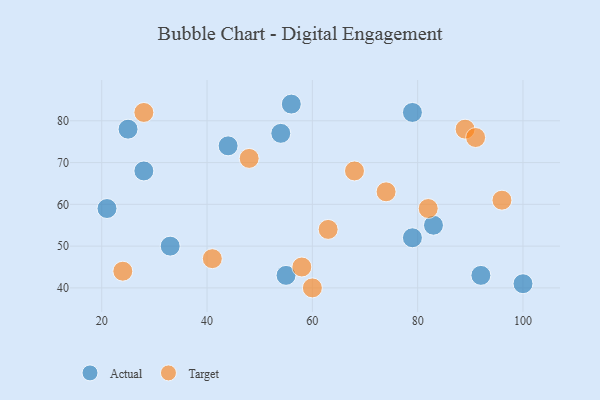
{"axis": {"x": "GDP", "y": "Life Expectancy"}, "legend": ["Actual", "Target"], "data": [{"x": "100", "y": 41, "type": "Actual"}, {"x": "25", "y": 78, "type": "Actual"}, {"x": "79", "y": 82, "type": "Actual"}, {"x": "79", "y": 52, "type": "Actual"}, {"x": "21", "y": 59, "type": "Actual"}, {"x": "55", "y": 43, "type": "Actual"}, {"x": "56", "y": 84, "type": "Actual"}, {"x": "92", "y": 43, "type": "Actual"}, {"x": "33", "y": 50, "type": "Actual"}, {"x": "44", "y": 74, "type": "Actual"}, {"x": "83", "y": 55, "type": "Actual"}, {"x": "54", "y": 77, "type": "Actual"}, {"x": "28", "y": 68, "type": "Actual"}, {"x": "82", "y": 59, "type": "Target"}, {"x": "48", "y": 71, "type": "Target"}, {"x": "96", "y": 61, "type": "Target"}, {"x": "24", "y": 44, "type": "Target"}, {"x": "68", "y": 68, "type": "Target"}, {"x": "58", "y": 45, "type": "Target"}, {"x": "74", "y": 63, "type": "Target"}, {"x": "41", "y": 47, "type": "Target"}, {"x": "89", "y": 78, "type": "Target"}, {"x": "63", "y": 54, "type": "Target"}, {"x": "60", "y": 40, "type": "Target"}, {"x": "91", "y": 76, "type": "Target"}, {"x": "28", "y": 82, "type": "Target"}]}